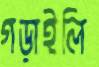
গড়াইলি